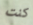
كنت